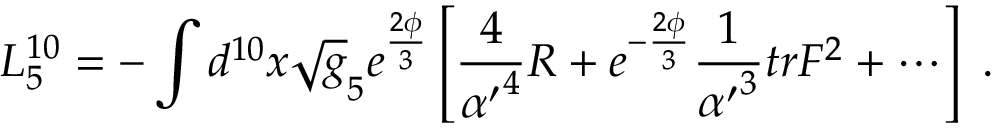
L _ { 5 } ^ { 1 0 } = - \int d ^ { 1 0 } x \sqrt g _ { 5 } e ^ { \frac { 2 \phi } { 3 } } \left[ { \frac { 4 } { { \alpha ^ { \prime } } ^ { 4 } } } R + e ^ { - { \frac { 2 \phi } { 3 } } } { \frac { 1 } { { \alpha ^ { \prime } } ^ { 3 } } } t r F ^ { 2 } + \cdots \right] \ .